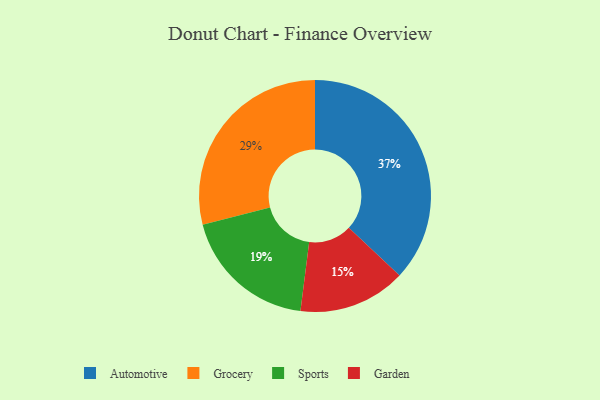
{"axis": {"x": "Category", "y": "Percentage"}, "legend": ["Automotive", "Garden", "Grocery", "Sports"], "data": [{"x": "Automotive", "y": 37, "type": "Automotive"}, {"x": "Grocery", "y": 29, "type": "Grocery"}, {"x": "Garden", "y": 15, "type": "Garden"}, {"x": "Sports", "y": 19, "type": "Sports"}]}